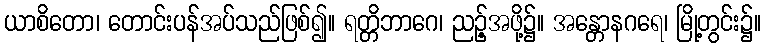
ယာစိတော၊ တောင်းပန်အပ်သည်ဖြစ်၍။ ရတ္တိဘာဂေ၊ ညဉ့်အဖို့၌။ အန္တောနဂရေ၊ မြို့တွင်း၌။